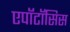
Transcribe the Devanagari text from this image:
एपॉटॉसिस